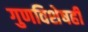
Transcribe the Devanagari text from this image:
गुणविशेषही